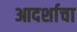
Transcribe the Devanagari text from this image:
आदर्शाचा